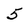
Character: 5